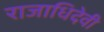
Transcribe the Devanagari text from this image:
राजाधिदेवी